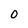
Character: 0